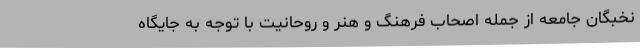
نخبگان جامعه از جمله اصحاب فرهنگ و هنر و روحانیت با توجه به جایگاه